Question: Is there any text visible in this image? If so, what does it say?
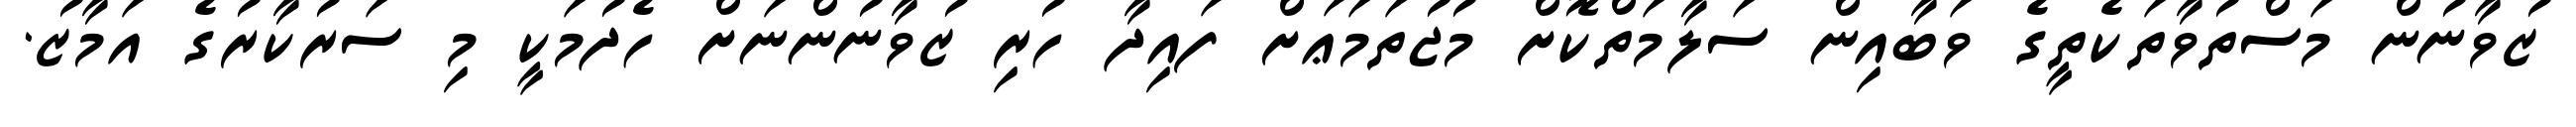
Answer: ޒުވާނުން މަސްތުވާތަކެތީގެ ވަބާއިން ސަލާމަތްކޮށް މުޖުތަމަޢަށް ފައިދާ ހުރި ޒުވާނުންނަށް ހެދުމަކީ މި ސަރުކާރުގެ އަމާޒު.